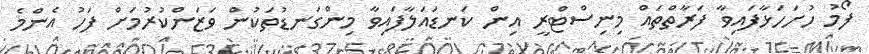
ފޯމު ހުށަހަޅާފައިވާ ފަރާތްތައް މިނިސްޓްރީ އިން ކަނޑައަލާފައިވާ މިންގަނޑުތަކުން ވަޒަންކުރުމަށް ފަހު އެންމެ